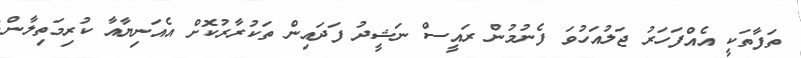
ތަފާތަކީ އެއްފަހަރު ޖަލުއަހުވަ ފެނުމުން ރައީސް ނަޝީދު ފަދައިން ތަކުރާރުކޮށް އެއަނިޔާއާ ކުރިމަތިލާން